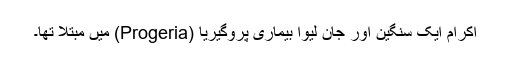
اکرام ایک سنگین اور جان لیوا بیماری پروگیریا (Progeria) میں مبتلا تھا۔